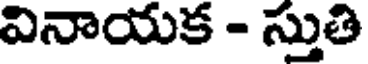
వినాయక - స్తుతి